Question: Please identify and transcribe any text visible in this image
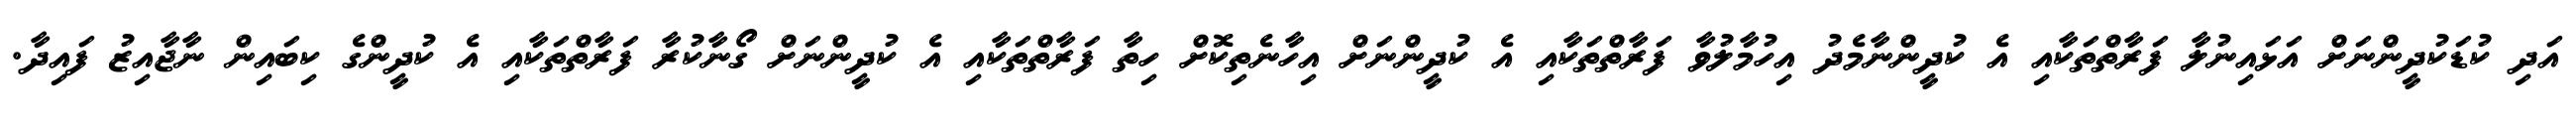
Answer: އަދި ކުޑަކުދީންނަށް އަޅައިނުލާ ފަރާތްތަކާއި އެ ކުދީންނާމެދު އިހުމާލުވާ ފަރާތްތަކާއި އެ ކުދީންނަށް އިހާނެތިކޮށް ހިތާ ފަރާތްތަކާއި އެ ކުދީންނަށް ގޯނާކުރާ ފަރާތްތަކާއި އެ ކުދީންގެ ކިބައިން ނާޖާއިޒު ފައިދާ.